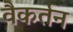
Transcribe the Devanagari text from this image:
वैकर्तन